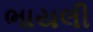
ભાયલી